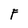
Character: F